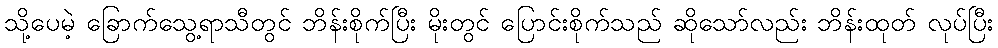
သို့ပေမဲ့ ခြောက်သွေ့ရာသီတွင် ဘိန်းစိုက်ပြီး မိုးတွင် ပြောင်းစိုက်သည် ဆိုသော်လည်း ဘိန်းထုတ် လုပ်ပြီး